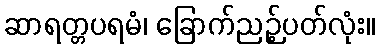
ဆာရတ္တပရမံ၊ ခြောက်ညဉ့်ပတ်လုံး။